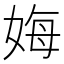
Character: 娒